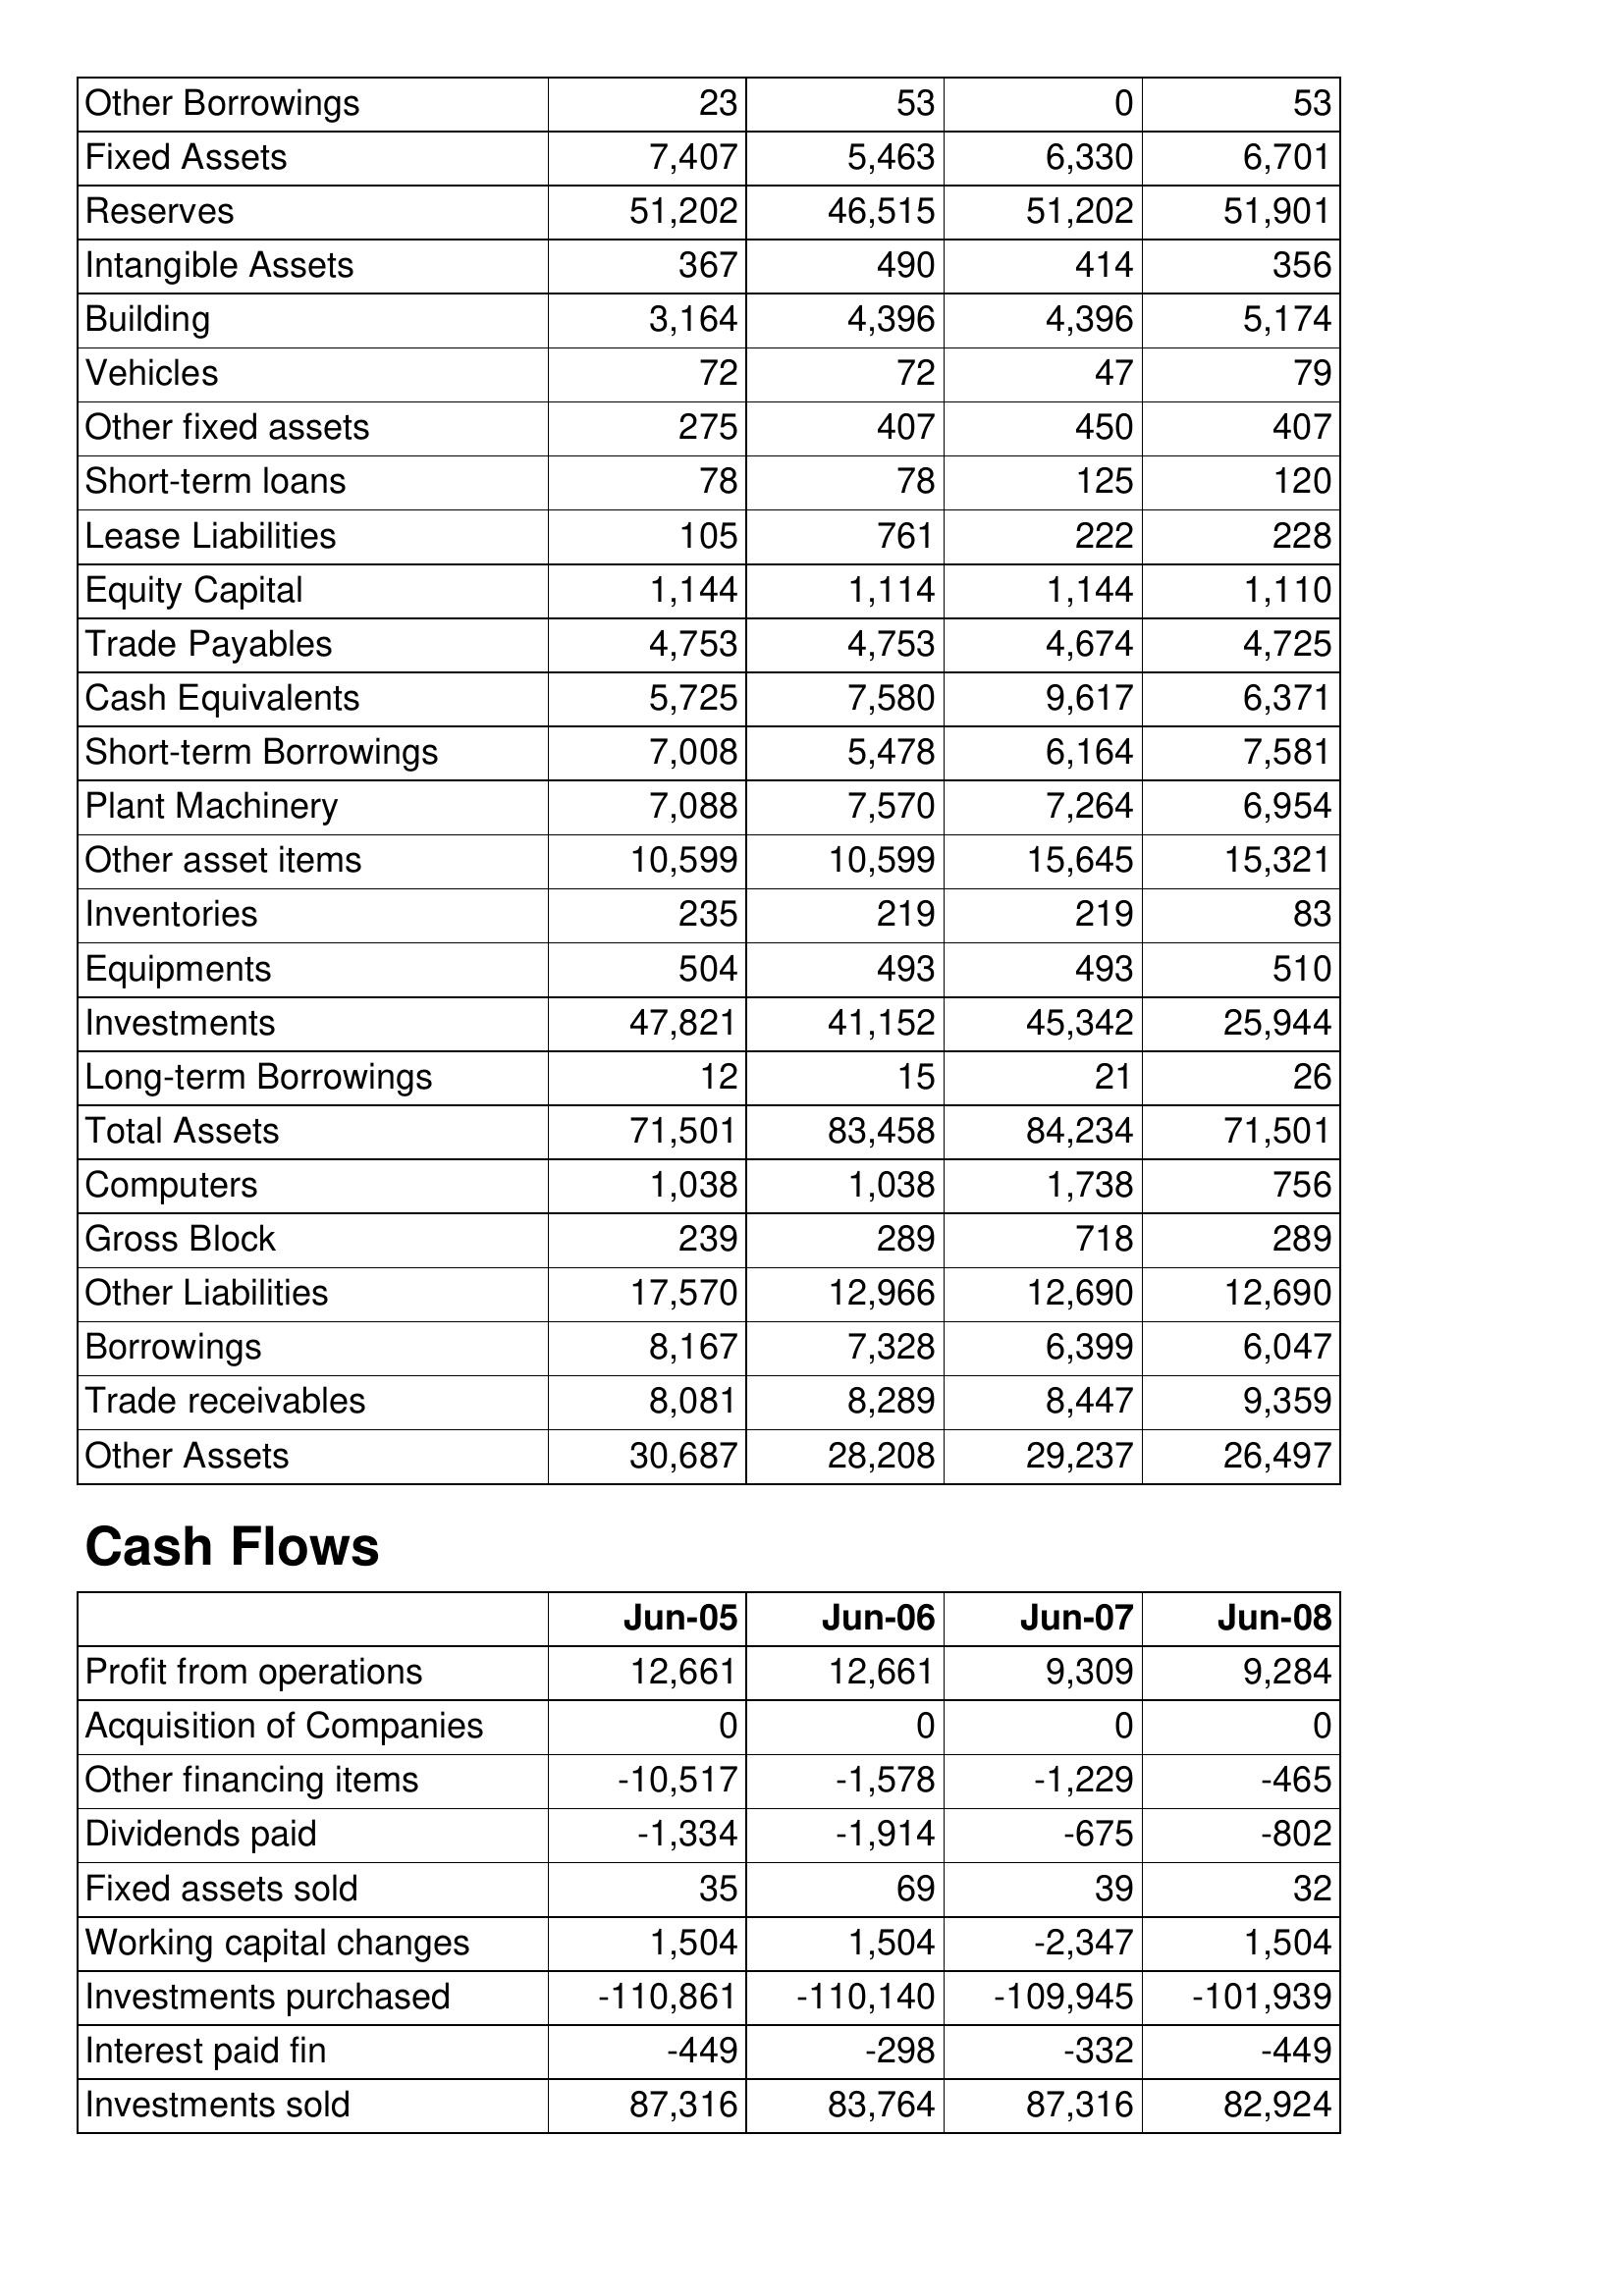
Jun-05: Balance Sheet: Other Borrowings: 23
Fixed Assets: 7,407
Reserves: 51,202
Intangible Assets: 367
Building: 3,164
Vehicles: 72
Other fixed assets: 275
Short-term loans: 78
Lease Liabilities: 105
Equity Capital: 1,144
Trade Payables: 4,753
Cash Equivalents: 5,725
Short-term Borrowings: 7,008
Plant Machinery: 7,088
Other asset items: 10,599
Inventories: 235
Equipments: 504
Investments: 47,821
Long-term Borrowings: 12
Total Assets: 71,501
Computers: 1,038
Gross Block: 239
Other Liabilities: 17,570
Borrowings: 8,167
Trade receivables: 8,081
Other Assets: 30,687
Cash Flows: Profit from operations: 12,661
Acquisition of Companies: 0
Other financing items: -10,517
Dividends paid: -1,334
Fixed assets sold: 35
Working capital changes: 1,504
Investments purchased: -110,861
Interest paid fin: -449
Investments sold: 87,316
Jun-06: Balance Sheet: Other Borrowings: 53
Fixed Assets: 5,463
Reserves: 46,515
Intangible Assets: 490
Building: 4,396
Vehicles: 72
Other fixed assets: 407
Short-term loans: 78
Lease Liabilities: 761
Equity Capital: 1,114
Trade Payables: 4,753
Cash Equivalents: 7,580
Short-term Borrowings: 5,478
Plant Machinery: 7,570
Other asset items: 10,599
Inventories: 219
Equipments: 493
Investments: 41,152
Long-term Borrowings: 15
Total Assets: 83,458
Computers: 1,038
Gross Block: 289
Other Liabilities: 12,966
Borrowings: 7,328
Trade receivables: 8,289
Other Assets: 28,208
Cash Flows: Profit from operations: 12,661
Acquisition of Companies: 0
Other financing items: -1,578
Dividends paid: -1,914
Fixed assets sold: 69
Working capital changes: 1,504
Investments purchased: -110,140
Interest paid fin: -298
Investments sold: 83,764
Jun-07: Balance Sheet: Other Borrowings: 0
Fixed Assets: 6,330
Reserves: 51,202
Intangible Assets: 414
Building: 4,396
Vehicles: 47
Other fixed assets: 450
Short-term loans: 125
Lease Liabilities: 222
Equity Capital: 1,144
Trade Payables: 4,674
Cash Equivalents: 9,617
Short-term Borrowings: 6,164
Plant Machinery: 7,264
Other asset items: 15,645
Inventories: 219
Equipments: 493
Investments: 45,342
Long-term Borrowings: 21
Total Assets: 84,234
Computers: 1,738
Gross Block: 718
Other Liabilities: 12,690
Borrowings: 6,399
Trade receivables: 8,447
Other Assets: 29,237
Cash Flows: Profit from operations: 9,309
Acquisition of Companies: 0
Other financing items: -1,229
Dividends paid: -675
Fixed assets sold: 39
Working capital changes: -2,347
Investments purchased: -109,945
Interest paid fin: -332
Investments sold: 87,316
Jun-08: Balance Sheet: Other Borrowings: 53
Fixed Assets: 6,701
Reserves: 51,901
Intangible Assets: 356
Building: 5,174
Vehicles: 79
Other fixed assets: 407
Short-term loans: 120
Lease Liabilities: 228
Equity Capital: 1,110
Trade Payables: 4,725
Cash Equivalents: 6,371
Short-term Borrowings: 7,581
Plant Machinery: 6,954
Other asset items: 15,321
Inventories: 83
Equipments: 510
Investments: 25,944
Long-term Borrowings: 26
Total Assets: 71,501
Computers: 756
Gross Block: 289
Other Liabilities: 12,690
Borrowings: 6,047
Trade receivables: 9,359
Other Assets: 26,497
Cash Flows: Profit from operations: 9,284
Acquisition of Companies: 0
Other financing items: -465
Dividends paid: -802
Fixed assets sold: 32
Working capital changes: 1,504
Investments purchased: -101,939
Interest paid fin: -449
Investments sold: 82,924